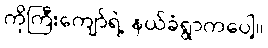
ကိုကြီးကျော်ရဲ့ နယ်ခံရွာကပေါ့။